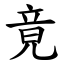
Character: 竟